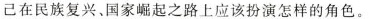
已在民族复兴、国家崛起之路上应该扮演怎样的角色。